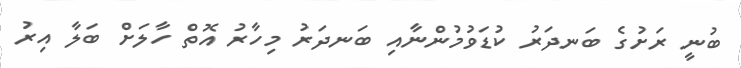
ބުނީ ރަށުގެ ބަނދަރު ކުޑަވުމުންނާއި ބަނދަރު މިހާރު އޮތް ހާލަށް ބަލާ އިރު